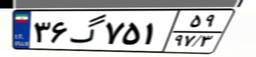
۳۶گ۷۵۱۵۹